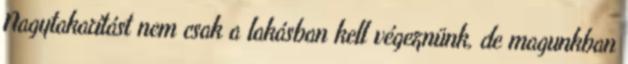
Nagytakarítást nem csak a lakásban kell végeznünk, de magunkban